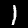
Label: 1